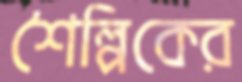
শৈল্পিকের